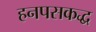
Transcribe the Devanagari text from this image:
हनपसकद्ध